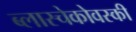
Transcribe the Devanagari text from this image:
ब्लास्चेकोवस्की